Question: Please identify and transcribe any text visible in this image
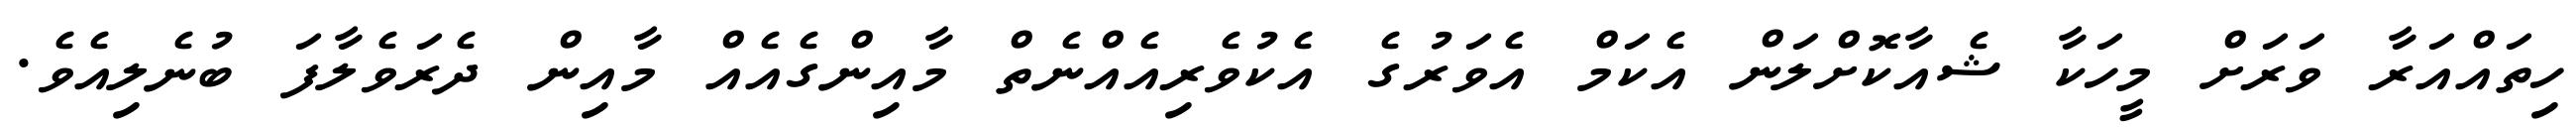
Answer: ހިތައްއަރާ ވަރަށް މީހަކާ ޝެއާކޮށްލަން އެކަމް އެވަރުގެ އެކުވެރިއެއްނެތް މާއިންގެއެއް މާއިން ދެރަވެލާފަ ބުނެލިއެވެ.